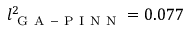
l _ { \mathrm { ~ G ~ A ~ - ~ P ~ I ~ N ~ N ~ } } ^ { 2 } = 0 . 0 7 7